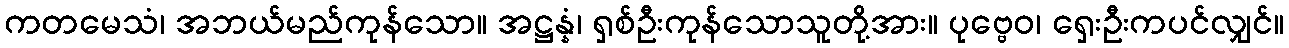
ကတမေသံ၊ အဘယ်မည်ကုန်သော။ အဋ္ဌန္နံ၊ ရှစ်ဦးကုန်သောသူတို့အား။ ပုဗ္ဗေဝ၊ ရှေးဦးကပင်လျှင်။